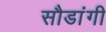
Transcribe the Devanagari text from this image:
सौडांगी